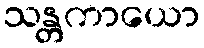
သန္တကာယော